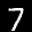
Label: 7